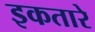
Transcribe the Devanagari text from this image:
इकतारे